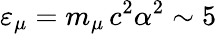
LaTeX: \varepsilon_{\mu}=m_{\mu}\, c^{2}\alpha^{2}\sim 5